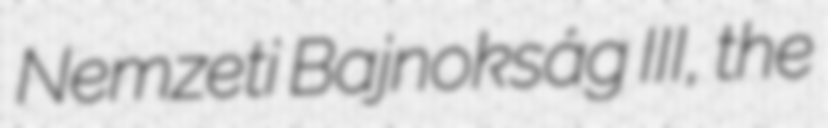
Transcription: Nemzeti Bajnokság III, the